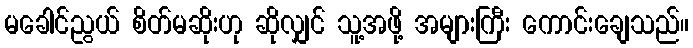
မခေါင်ညွယ် စိတ်မဆိုးဟု ဆိုလျှင် သူ့အဖို့ အများကြီး ကောင်းချေသည်။